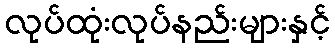
လုပ်ထုံးလုပ်နည်းများနှင့်